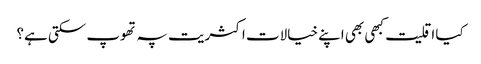
کیا اقلیت کبھی بھی اپنے خیالات اکثریت پہ تھوپ سکتی ہے؟